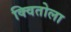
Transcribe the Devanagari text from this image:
क्वितोला